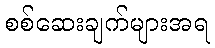
စစ်ဆေးချက်များအရ